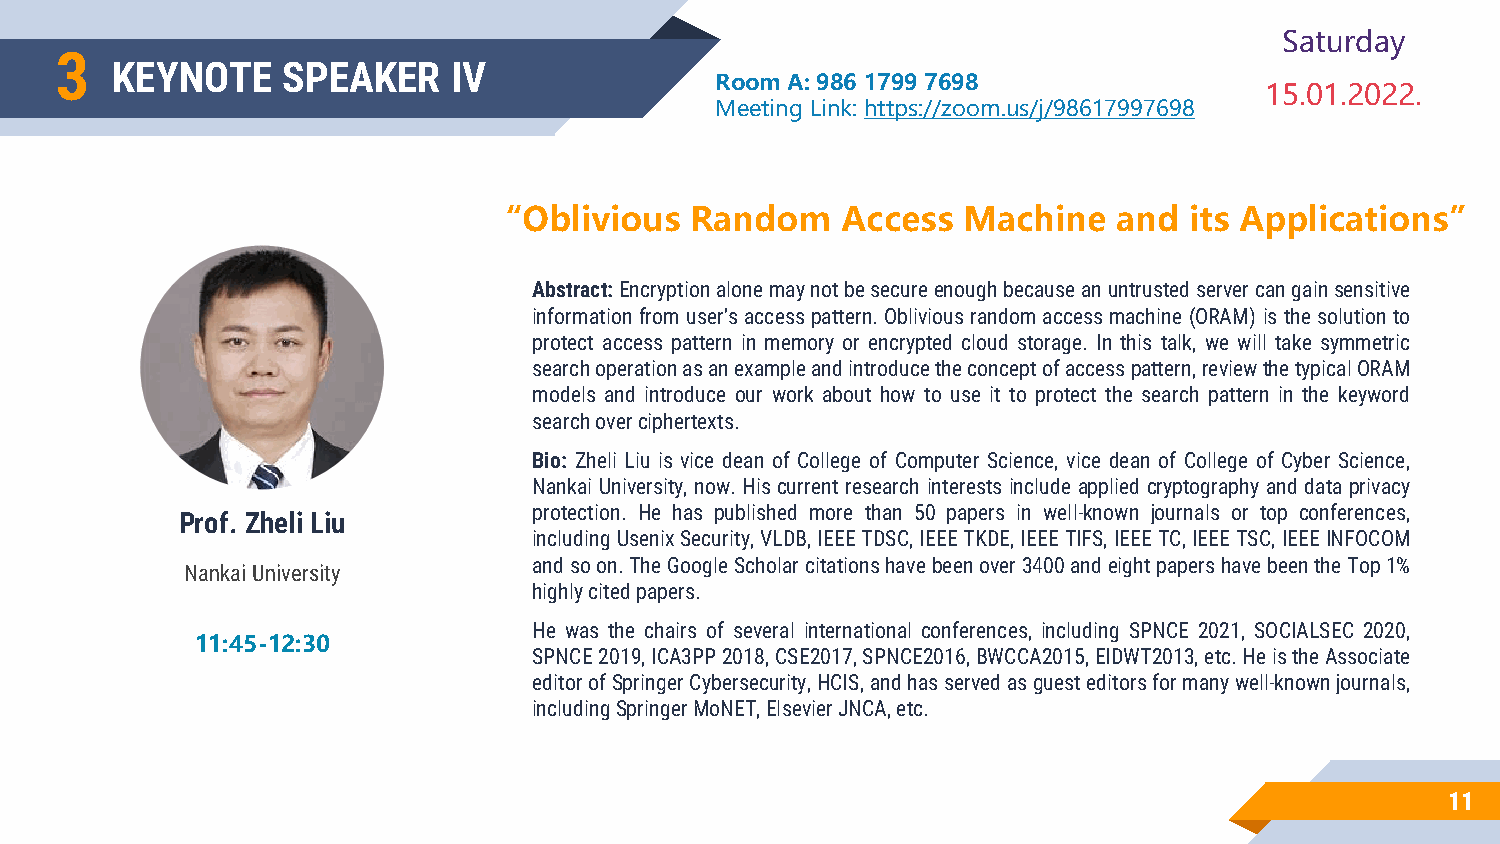
Saturday
 3
 KEYNOTE     SPEAKER    IV
 Room A: 986 1799 7698
 15.01.2022.
 Meeting Link: https://zoom.us/j/98617997698
 “Oblivious  Random    Access  Machine   and  its Applications”
 Abstract:Encryptionalonemaynotbesecureenoughbecauseanuntrustedservercangainsensitive
 information fromuser’saccesspattern.Oblivious randomaccessmachine(ORAM)is thesolutionto
 protect access pattern in memory or encrypted cloud storage. In this talk, we will take symmetric
 searchoperationasanexampleandintroducetheconceptofaccesspattern,reviewthetypicalORAM
 models and introduce our work about how to use it to protect the search pattern in the keyword
 searchoverciphertexts.
 Bio: Zheli Liu is vice dean of College of Computer Science, vice dean of College of Cyber Science,
 Nankai University, now. His current research interests include applied cryptography and data privacy
 protection. He has published more than 50 papers in well-known journals or top conferences,
 Prof. Zheli Liu
 includingUsenixSecurity,VLDB,IEEETDSC,IEEETKDE,IEEETIFS,IEEETC,IEEETSC,IEEEINFOCOM
 andsoon.TheGoogleScholarcitationshavebeenover3400andeightpapershavebeentheTop1%
 Nankai University
 highlycitedpapers.
 He was the chairs of several international conferences, including SPNCE 2021, SOCIALSEC 2020,
 11:45-12:30
 SPNCE2019,ICA3PP2018,CSE2017,SPNCE2016,BWCCA2015,EIDWT2013,etc.HeistheAssociate
 editorofSpringerCybersecurity,HCIS,andhasservedasguesteditorsformanywell-knownjournals,
 includingSpringerMoNET,ElsevierJNCA,etc.
 11